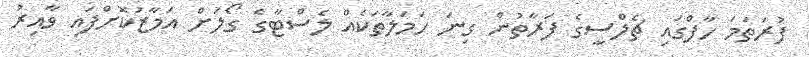
ފުރަތަމަ ހާފްގައި ޗެލްސީގެ ފަރާތުން ގިނަ ހަމަލާތަކެއް ލެސްޓާގެ ގޯލަށް އަމާޒުކޮށްފައި ވާއިރު